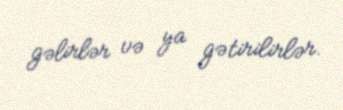
gəlirlər və ya gətirilirlər.